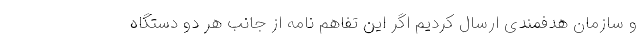
و سازمان هدفمندی ارسال کردیم اگر این تفاهم نامه از جانب هر دو دستگاه